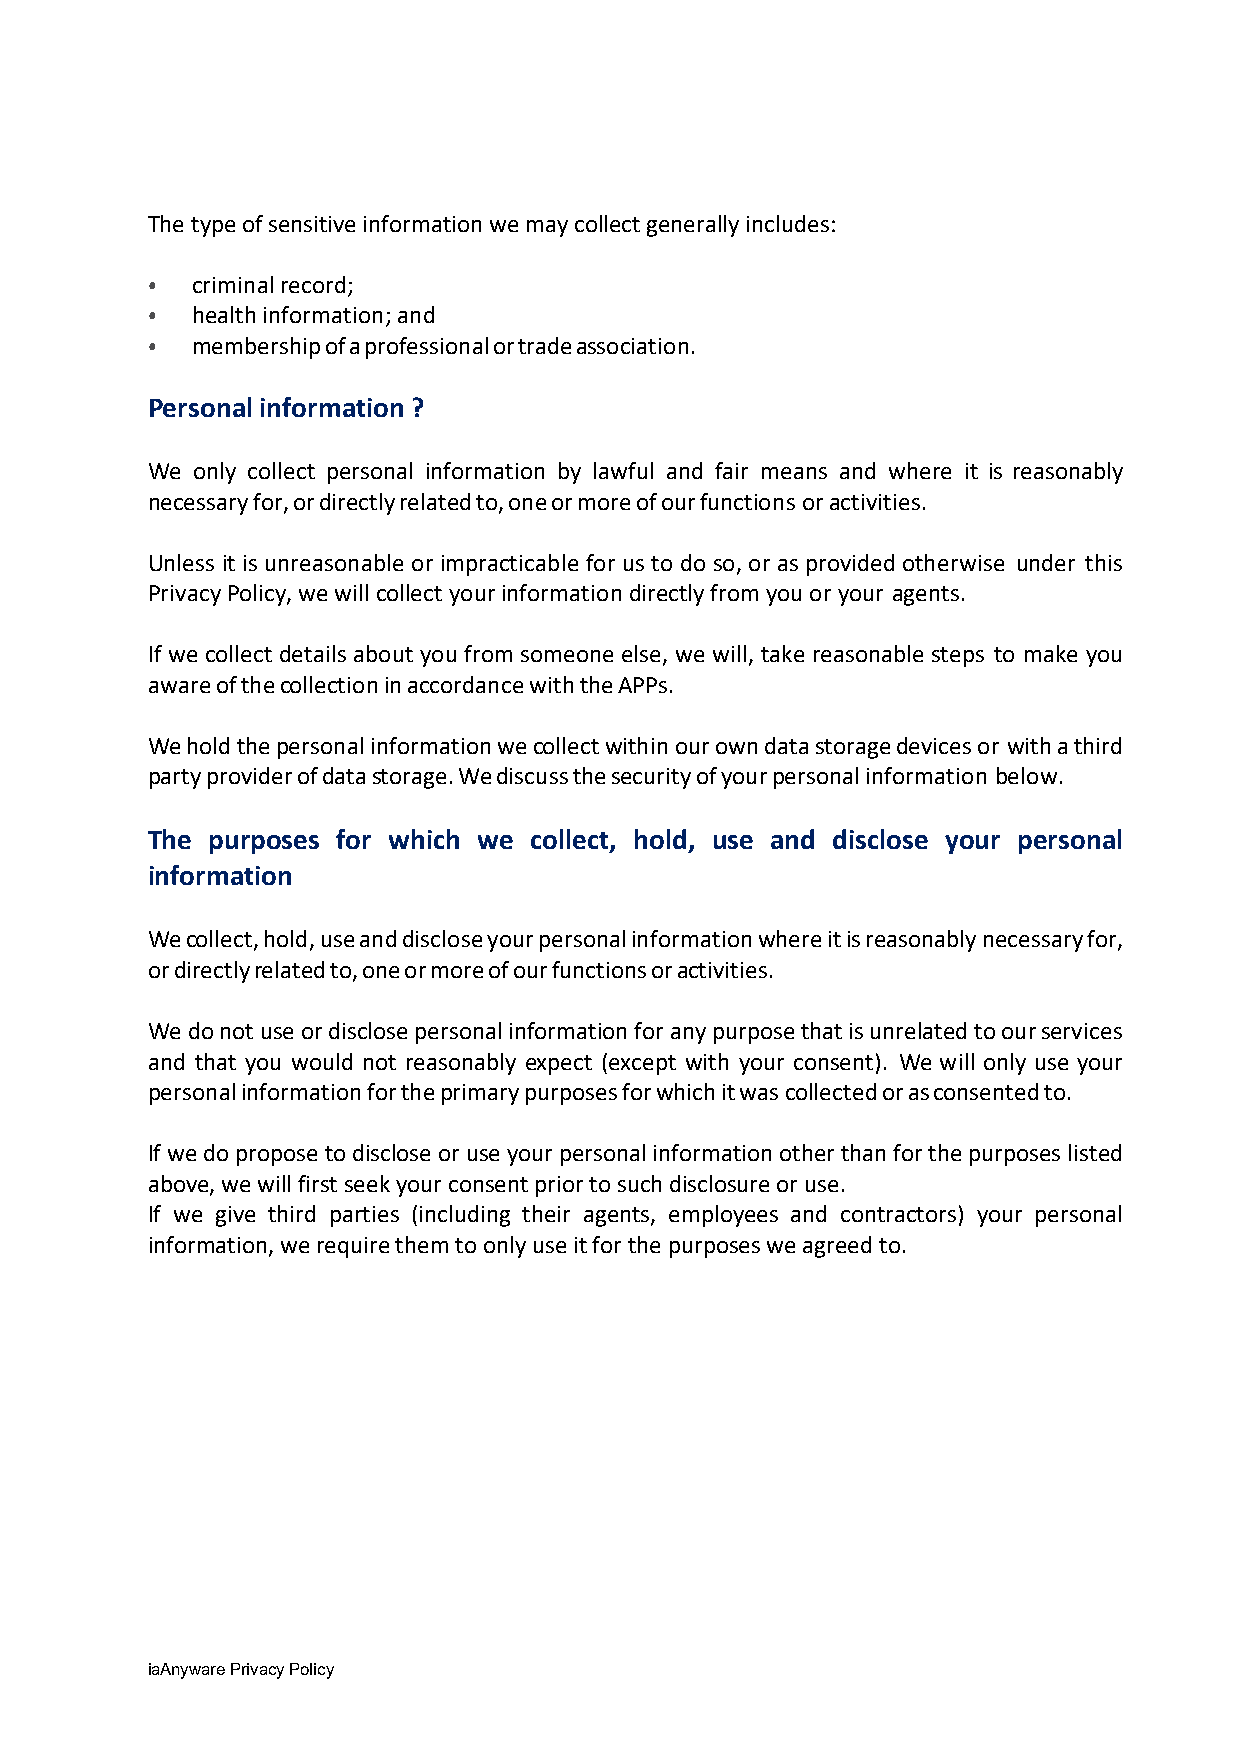
The type of sensitive information we may collect generally includes:
 criminal record;
 health information; and
 •
 membership of a professional or trade association.
 •
 •
 Personal information ?
 We only collect personal information by lawful and fair means and where it is reasonably
 necessary for, or directly related to, one or more of our functions or activities.
 Unless it is unreasonable or impracticable for us to do so, or as provided otherwise under this
 Privacy Policy, we will collect your information directly from you or your agents.
 If we collect details about you from someone else, we will, take reasonable steps to make you
 aware of the collection in accordance with the APPs.
 We hold the personal information we collect within our own data storage devices or with a third
 party provider of data storage. We discuss the security of your personal information below.
 The purposes for which we collect, hold, use and disclose your personal
 information
 We collect, hold, use and disclose your personal information where it is reasonably necessary for,
 or directly related to, one or more of our functions or activities.
 We do not use or disclose personal information for any purpose that is unrelated to our services
 and that you would not reasonably expect (except with your consent). We will only use your
 personal information for the primary purposes for which it was collected or as consented to.
 If we do propose to disclose or use your personal information other than for the purposes listed
 above, we will first seek your consent prior to such disclosure or use.
 If we give third parties (including their agents, employees and contractors) your personal
 information, we require them to only use it for the purposes we agreed to.
 iaAnyware Privacy Policy